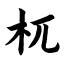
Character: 杌